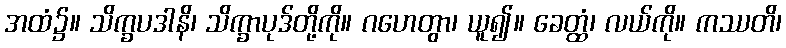
အထံ၌။ သိက္ခပဒါနိ၊ သိက္ခာပုဒ်တို့ကို။ ဂဟေတွာ၊ ယူ၍။ ခေတ္ထံ၊ လယ်ကို။ ကဿတိ၊